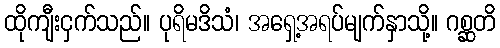
ထိုကျီးငှက်သည်။ ပုရိမဒိသံ၊ အရှေ့အရပ်မျက်နှာသို့။ ဂစ္ဆတိ